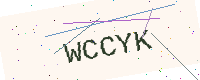
Text: WCCYK